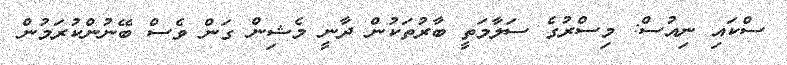
ސްކައި ނިއުސް: މިސްރުގެ ސަލާމަތީ ބާރުތަކުން ދާނީ މެޝިން ގަން ވެސް ބޭނުންކުރަމުން